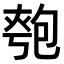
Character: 𫯯